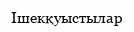
Ішекқуыстылар